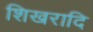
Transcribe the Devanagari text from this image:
शिखरादि